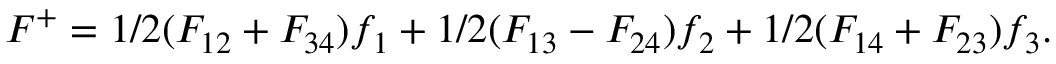
F ^ { + } = 1 / 2 ( F _ { 1 2 } + F _ { 3 4 } ) f _ { 1 } + 1 / 2 ( F _ { 1 3 } - F _ { 2 4 } ) f _ { 2 } + 1 / 2 ( F _ { 1 4 } + F _ { 2 3 } ) f _ { 3 } .